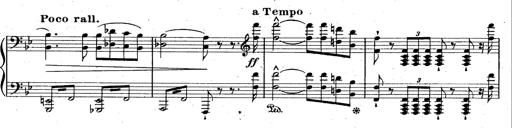
Title: La Marseillaise
Composer: Franz Liszt
Key: B-flat major